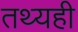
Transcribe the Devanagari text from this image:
तथ्यही